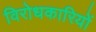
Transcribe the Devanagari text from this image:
विरोधकारियों